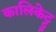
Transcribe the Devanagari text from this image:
कालिकेट्टु